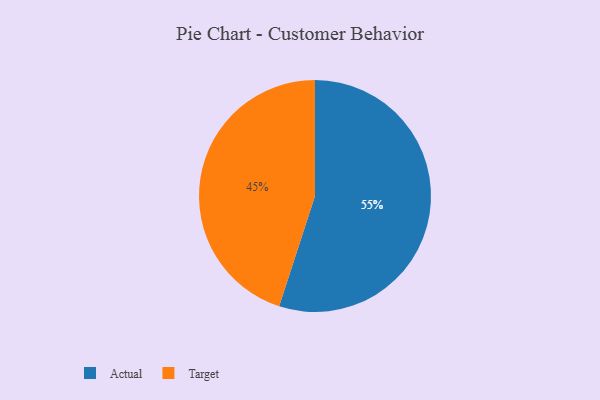
{"axis": {"x": "Category", "y": "Percentage"}, "legend": ["Actual", "Target"], "data": [{"x": "Target", "y": 45, "type": "Target"}, {"x": "Actual", "y": 55, "type": "Actual"}]}